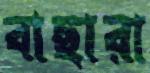
বাছারা